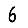
Digit: 6